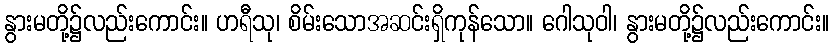
နွားမတို့၌လည်းကောင်း။ ဟရီသု၊ စိမ်းသောအဆင်းရှိကုန်သော။ ဂေါသုဝါ၊ နွားမတို့၌လည်းကောင်း။